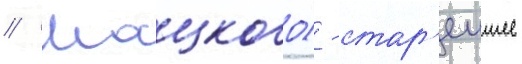
// Шацкого) - стар'еишее